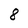
Character: 8